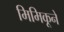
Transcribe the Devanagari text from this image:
मिमिकूने